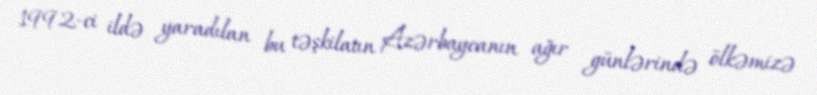
1992-ci ildə yaradılan bu təşkilatın Azərbaycanın ağır günlərində ölkəmizə